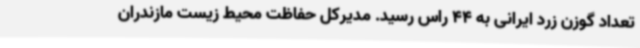
تعداد گوزن زرد ایرانی به 44 راس رسید. مدیرکل حفاظت محیط زیست مازندران